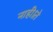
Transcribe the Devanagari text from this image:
नाही।ते